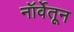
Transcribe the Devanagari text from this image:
नॉर्वेतून